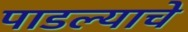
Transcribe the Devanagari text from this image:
पाडल्याचे